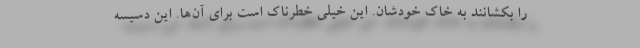
را بکشانند به خاک خودشان. این خیلی خطرناک است برای آن‌ها. این دسیسه